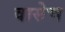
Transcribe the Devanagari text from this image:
वासेच